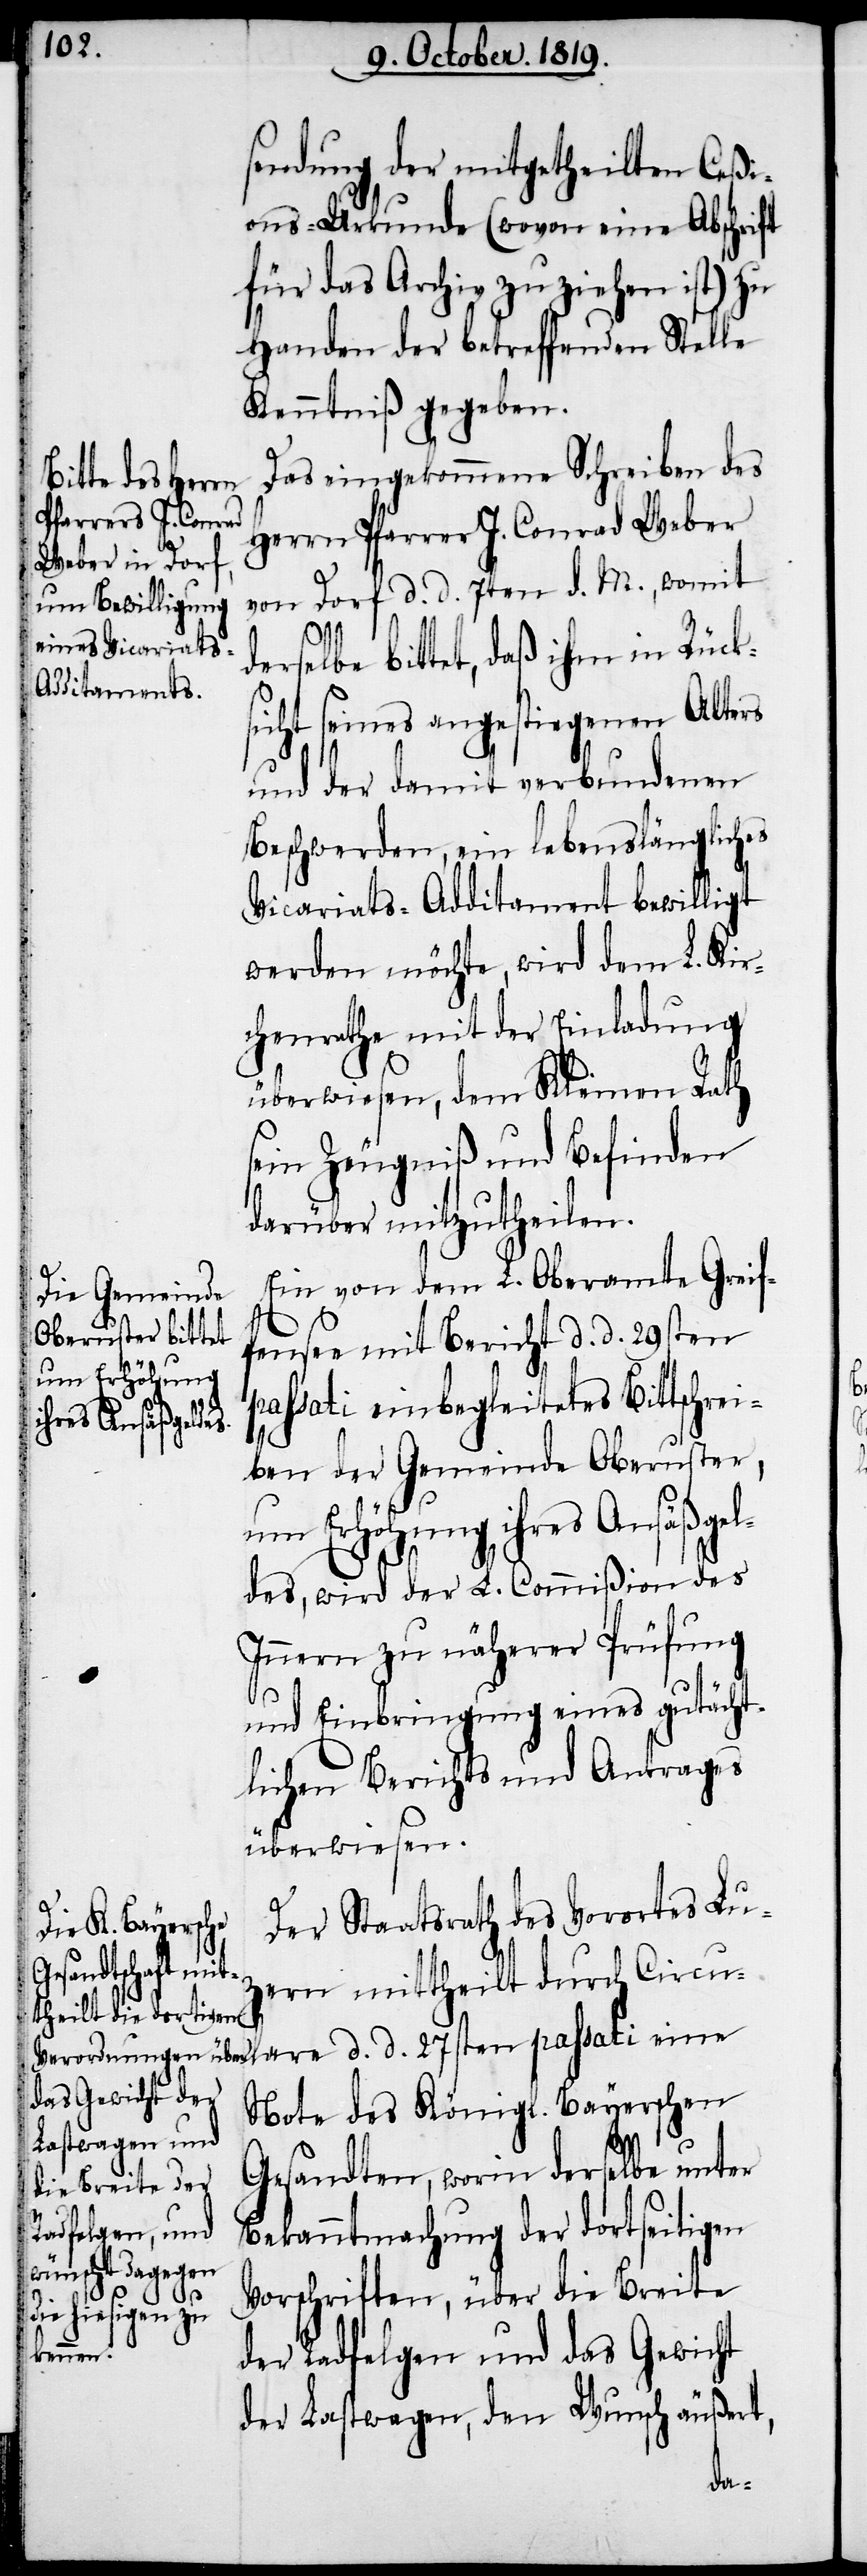
sendung der mitgetheilten Ceßi¬
ons-Urkunde (wovon eine Abschrift
für das Archiv zu ziehen ist) zu
Handen der betreffenden Stelle
Kenntniß gegeben.
Das eingekommene Schreiben des
Herrn Pfarrer J. Conrad Weber
von Dorf d. d. 7ten d. M., womit
derselbe bittet, daß ihm in Rücks¬
icht seines angestiegenen Alters
und der damit verbundenen
Beschwerden, ein lebenslängliches
Vicariats-Additament bewilligt
werden möchte, wird dem L. Kir¬
chenrathe mit der Einladung
überwiesen, dem Kleinen Rath
sein Zeugniß und Befinden
darüber mitzutheilen.
Ein von dem L. Oberamte Greif¬
fensee mit Bericht d. d. 29sten
passati einbegleitetes Bittschrei¬
ben der Gemeinde Oberuster,
um Erhöhung ihres Ansäßgel¬
des, wird der L. Commißion des
Innern zu näherer Prüfung
und Einbringung eines gutächt¬
lichen Berichts und Antrages
überwiesen.
Der Staatsrath des Vorortes Luz¬
ern mittheilt durch Circul¬
are d. d. 27sten passati eine
Note des Königl. Bayerschen
Gesandten, worin derselbe unter
Bekanntmachung der dortseitigen
Vorschriften, über die Breite
der Radfelgen und das Gewicht
der Lastwagen, den Wunsch äußert,